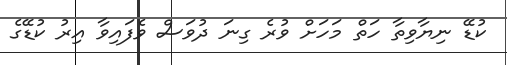
ކުޑޭ ނިޔާވިތާ ހަތް މަހަށް ވުރެ ގިނަ ދުވަސް ވެފައިވާ އިރު ކުޑޭގެ